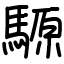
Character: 騵